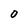
Character: O